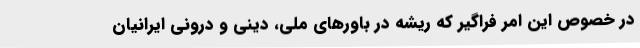
در خصوص اين امر فراگیر که ریشه در باورهای ملي، ديني و درونی ایرانیان